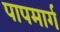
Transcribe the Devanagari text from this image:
पापमार्ग